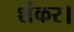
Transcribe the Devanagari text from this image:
शंकर।